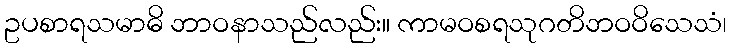
ဥပစာရသမာဓိ ဘာဝနာသည်လည်း။ ကာမဝစရသုဂတိဘဝဝိသေသံ၊